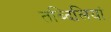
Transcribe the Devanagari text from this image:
तब्दिलियां